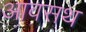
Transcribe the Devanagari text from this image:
आवसथ